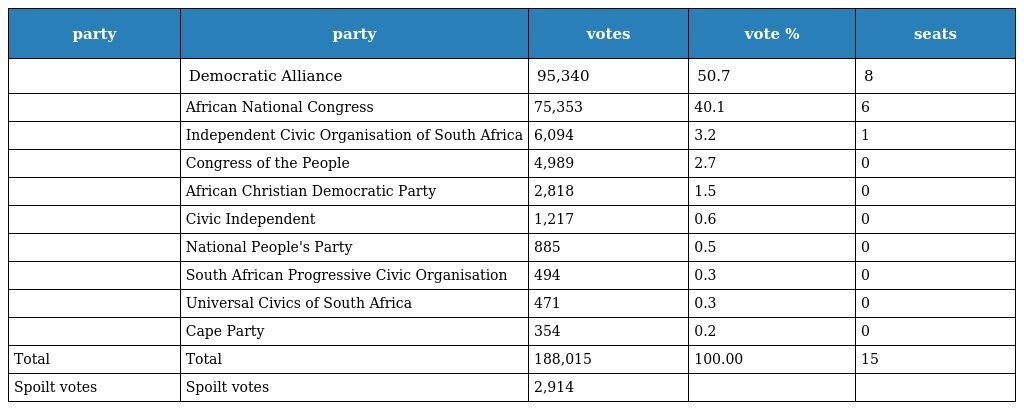
| party | party | votes | vote % | seats |
 | --- | --- | --- | --- | --- |
 |  | Democratic Alliance | 95,340 | 50.7 | 8 |
 |  | African National Congress | 75,353 | 40.1 | 6 |
 |  | Independent Civic Organisation of South Africa | 6,094 | 3.2 | 1 |
 |  | Congress of the People | 4,989 | 2.7 | 0 |
 |  | African Christian Democratic Party | 2,818 | 1.5 | 0 |
 |  | Civic Independent | 1,217 | 0.6 | 0 |
 |  | National People's Party | 885 | 0.5 | 0 |
 |  | South African Progressive Civic Organisation | 494 | 0.3 | 0 |
 |  | Universal Civics of South Africa | 471 | 0.3 | 0 |
 |  | Cape Party | 354 | 0.2 | 0 |
 | Total | Total | 188,015 | 100.00 | 15 |
 | Spoilt votes | Spoilt votes | 2,914 |  |  |